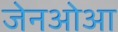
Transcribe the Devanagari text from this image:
जेनओआ